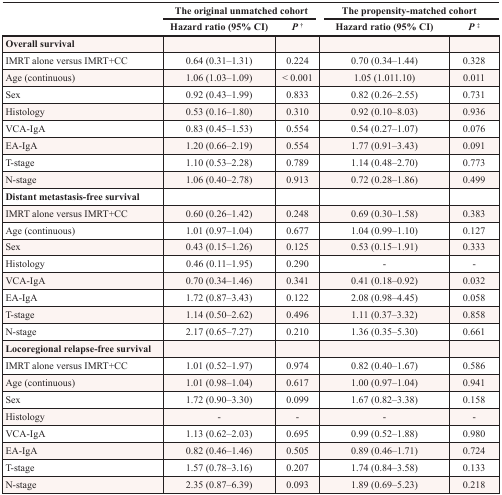
<table><thead><tr><td rowspan="2"></td><td colspan="2"><b>The original unmatched cohort</b></td><td colspan="2"><b>The propensity-matched cohort</b></td></tr><tr><td><b>Hazard ratio (95% CI)</b></td><td><b><i>P</i><sup>†</sup></b></td><td><b>Hazard ratio (95% CI)</b></td><td><b><i>P</i><sup>‡</sup></b></td></tr></thead><tbody><tr><td><b>Overall survival</b></td><td></td><td></td><td></td><td></td></tr><tr><td>IMRT alone versus IMRT+CC</td><td>0.64 (0.31–1.31)</td><td>0.224</td><td>0.70 (0.34–1.44)</td><td>0.328</td></tr><tr><td>Age (continuous)</td><td>1.06 (1.03–1.09)</td><td>&lt; 0.001</td><td>1.05 (1.011.10)</td><td>0.011</td></tr><tr><td>Sex</td><td>0.92 (0.43–1.99)</td><td>0.833</td><td>0.82 (0.26–2.55)</td><td>0.731</td></tr><tr><td>Histology</td><td>0.53 (0.16–1.80)</td><td>0.310</td><td>0.92 (0.10–8.03)</td><td>0.936</td></tr><tr><td>VCA-IgA</td><td>0.83 (0.45–1.53)</td><td>0.554</td><td>0.54 (0.27–1.07)</td><td>0.076</td></tr><tr><td>EA-IgA</td><td>1.20 (0.66–2.19)</td><td>0.554</td><td>1.77 (0.91–3.43)</td><td>0.091</td></tr><tr><td>T-stage</td><td>1.10 (0.53–2.28)</td><td>0.789</td><td>1.14 (0.48–2.70)</td><td>0.773</td></tr><tr><td>N-stage</td><td>1.06 (0.40–2.78)</td><td>0.913</td><td>0.72 (0.28–1.86)</td><td>0.499</td></tr><tr><td><b>Distant metastasis-free survival</b></td><td></td><td></td><td></td><td></td></tr><tr><td>IMRT alone versus IMRT+CC</td><td>0.60 (0.26–1.42)</td><td>0.248</td><td>0.69 (0.30–1.58)</td><td>0.383</td></tr><tr><td>Age (continuous)</td><td>1.01 (0.97–1.04)</td><td>0.677</td><td>1.04 (0.99–1.10)</td><td>0.127</td></tr><tr><td>Sex</td><td>0.43 (0.15–1.26)</td><td>0.125</td><td>0.53 (0.15–1.91)</td><td>0.333</td></tr><tr><td>Histology</td><td>0.46 (0.11–1.95)</td><td>0.290</td><td>-</td><td>-</td></tr><tr><td>VCA-IgA</td><td>0.70 (0.34–1.46)</td><td>0.341</td><td>0.41 (0.18–0.92)</td><td>0.032</td></tr><tr><td>EA-IgA</td><td>1.72 (0.87–3.43)</td><td>0.122</td><td>2.08 (0.98–4.45)</td><td>0.058</td></tr><tr><td>T-stage</td><td>1.14 (0.50–2.62)</td><td>0.496</td><td>1.11 (0.37–3.32)</td><td>0.858</td></tr><tr><td>N-stage</td><td>2.17 (0.65–7.27)</td><td>0.210</td><td>1.36 (0.35–5.30)</td><td>0.661</td></tr><tr><td><b>Locoregional relapse-free survival</b></td><td></td><td></td><td></td><td></td></tr><tr><td>IMRT alone versus IMRT+CC</td><td>1.01 (0.52–1.97)</td><td>0.974</td><td>0.82 (0.40–1.67)</td><td>0.586</td></tr><tr><td>Age (continuous)</td><td>1.01 (0.98–1.04)</td><td>0.617</td><td>1.00 (0.97–1.04)</td><td>0.941</td></tr><tr><td>Sex</td><td>1.72 (0.90–3.30)</td><td>0.099</td><td>1.67 (0.82–3.38)</td><td>0.158</td></tr><tr><td>Histology</td><td>-</td><td>-</td><td>-</td><td>-</td></tr><tr><td>VCA-IgA</td><td>1.13 (0.62–2.03)</td><td>0.695</td><td>0.99 (0.52–1.88)</td><td>0.980</td></tr><tr><td>EA-IgA</td><td>0.82 (0.46–1.46)</td><td>0.505</td><td>0.89 (0.46–1.71)</td><td>0.724</td></tr><tr><td>T-stage</td><td>1.57 (0.78–3.16)</td><td>0.207</td><td>1.74 (0.84–3.58)</td><td>0.133</td></tr><tr><td>N-stage</td><td>2.35 (0.87–6.39)</td><td>0.093</td><td>1.89 (0.69–5.23)</td><td>0.218</td></tr></tbody></table>